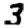
Digit: 3